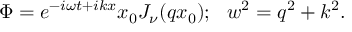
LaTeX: \Phi = e ^ { - i \omega t + i k x } x _ { 0 } J _ { \nu } ( q x _ { 0 } ) ; \ \ w ^ { 2 } = q ^ { 2 } + k ^ { 2 } .